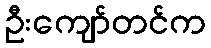
ဦးကျော်တင်က